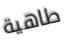
طاهية